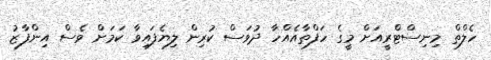
ހެލްތް މިނިސްޓްރީއަށް މީގެ ހަފްތާއެއްހާ ދުވަސް ކުރިން ލިޔެފައިވާ ކަމަށް ވެސް އިންފާޒު